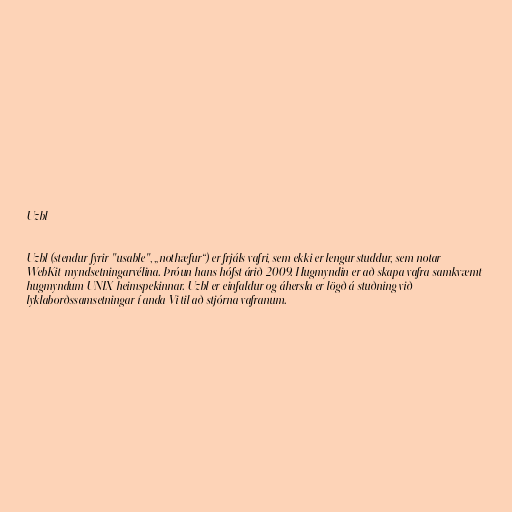
Uzbl

Uzbl (stendur fyrir "usable", „nothæfur“) er frjáls vafri, sem ekki er lengur studdur, sem notar
WebKit-myndsetningarvélina. Þróun hans hófst árið 2009. Hugmyndin er að skapa vafra samkvæmt
hugmyndum UNIX-heimspekinnar. Uzbl er einfaldur og áhersla er lögð á stuðning við
lyklaborðssamsetningar í anda Vi til að stjórna vafranum.